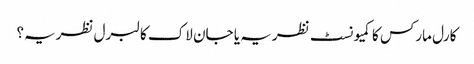
کارل مارکس کا کمیونسٹ نظریہ یا جان لاک کا لبرل نظریہ؟